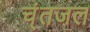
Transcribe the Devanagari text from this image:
च्ंतजल